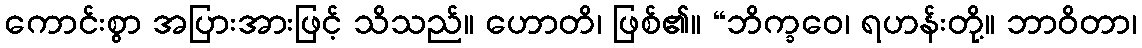
ကောင်းစွာ အပြားအားဖြင့် သိသည်။ ဟောတိ၊ ဖြစ်၏။ “ဘိက္ခဝေ၊ ရဟန်းတို့။ ဘာဝိတာ၊